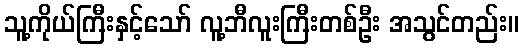
သူ့ကိုယ်ကြီးနှင့်သော် လူ့ဘီလူးကြီးတစ်ဦး အသွင်တည်း။